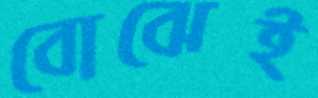
বোঝেই